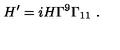
H ^ { \prime } = i H \Gamma ^ { 9 } \Gamma _ { 1 1 } \ .